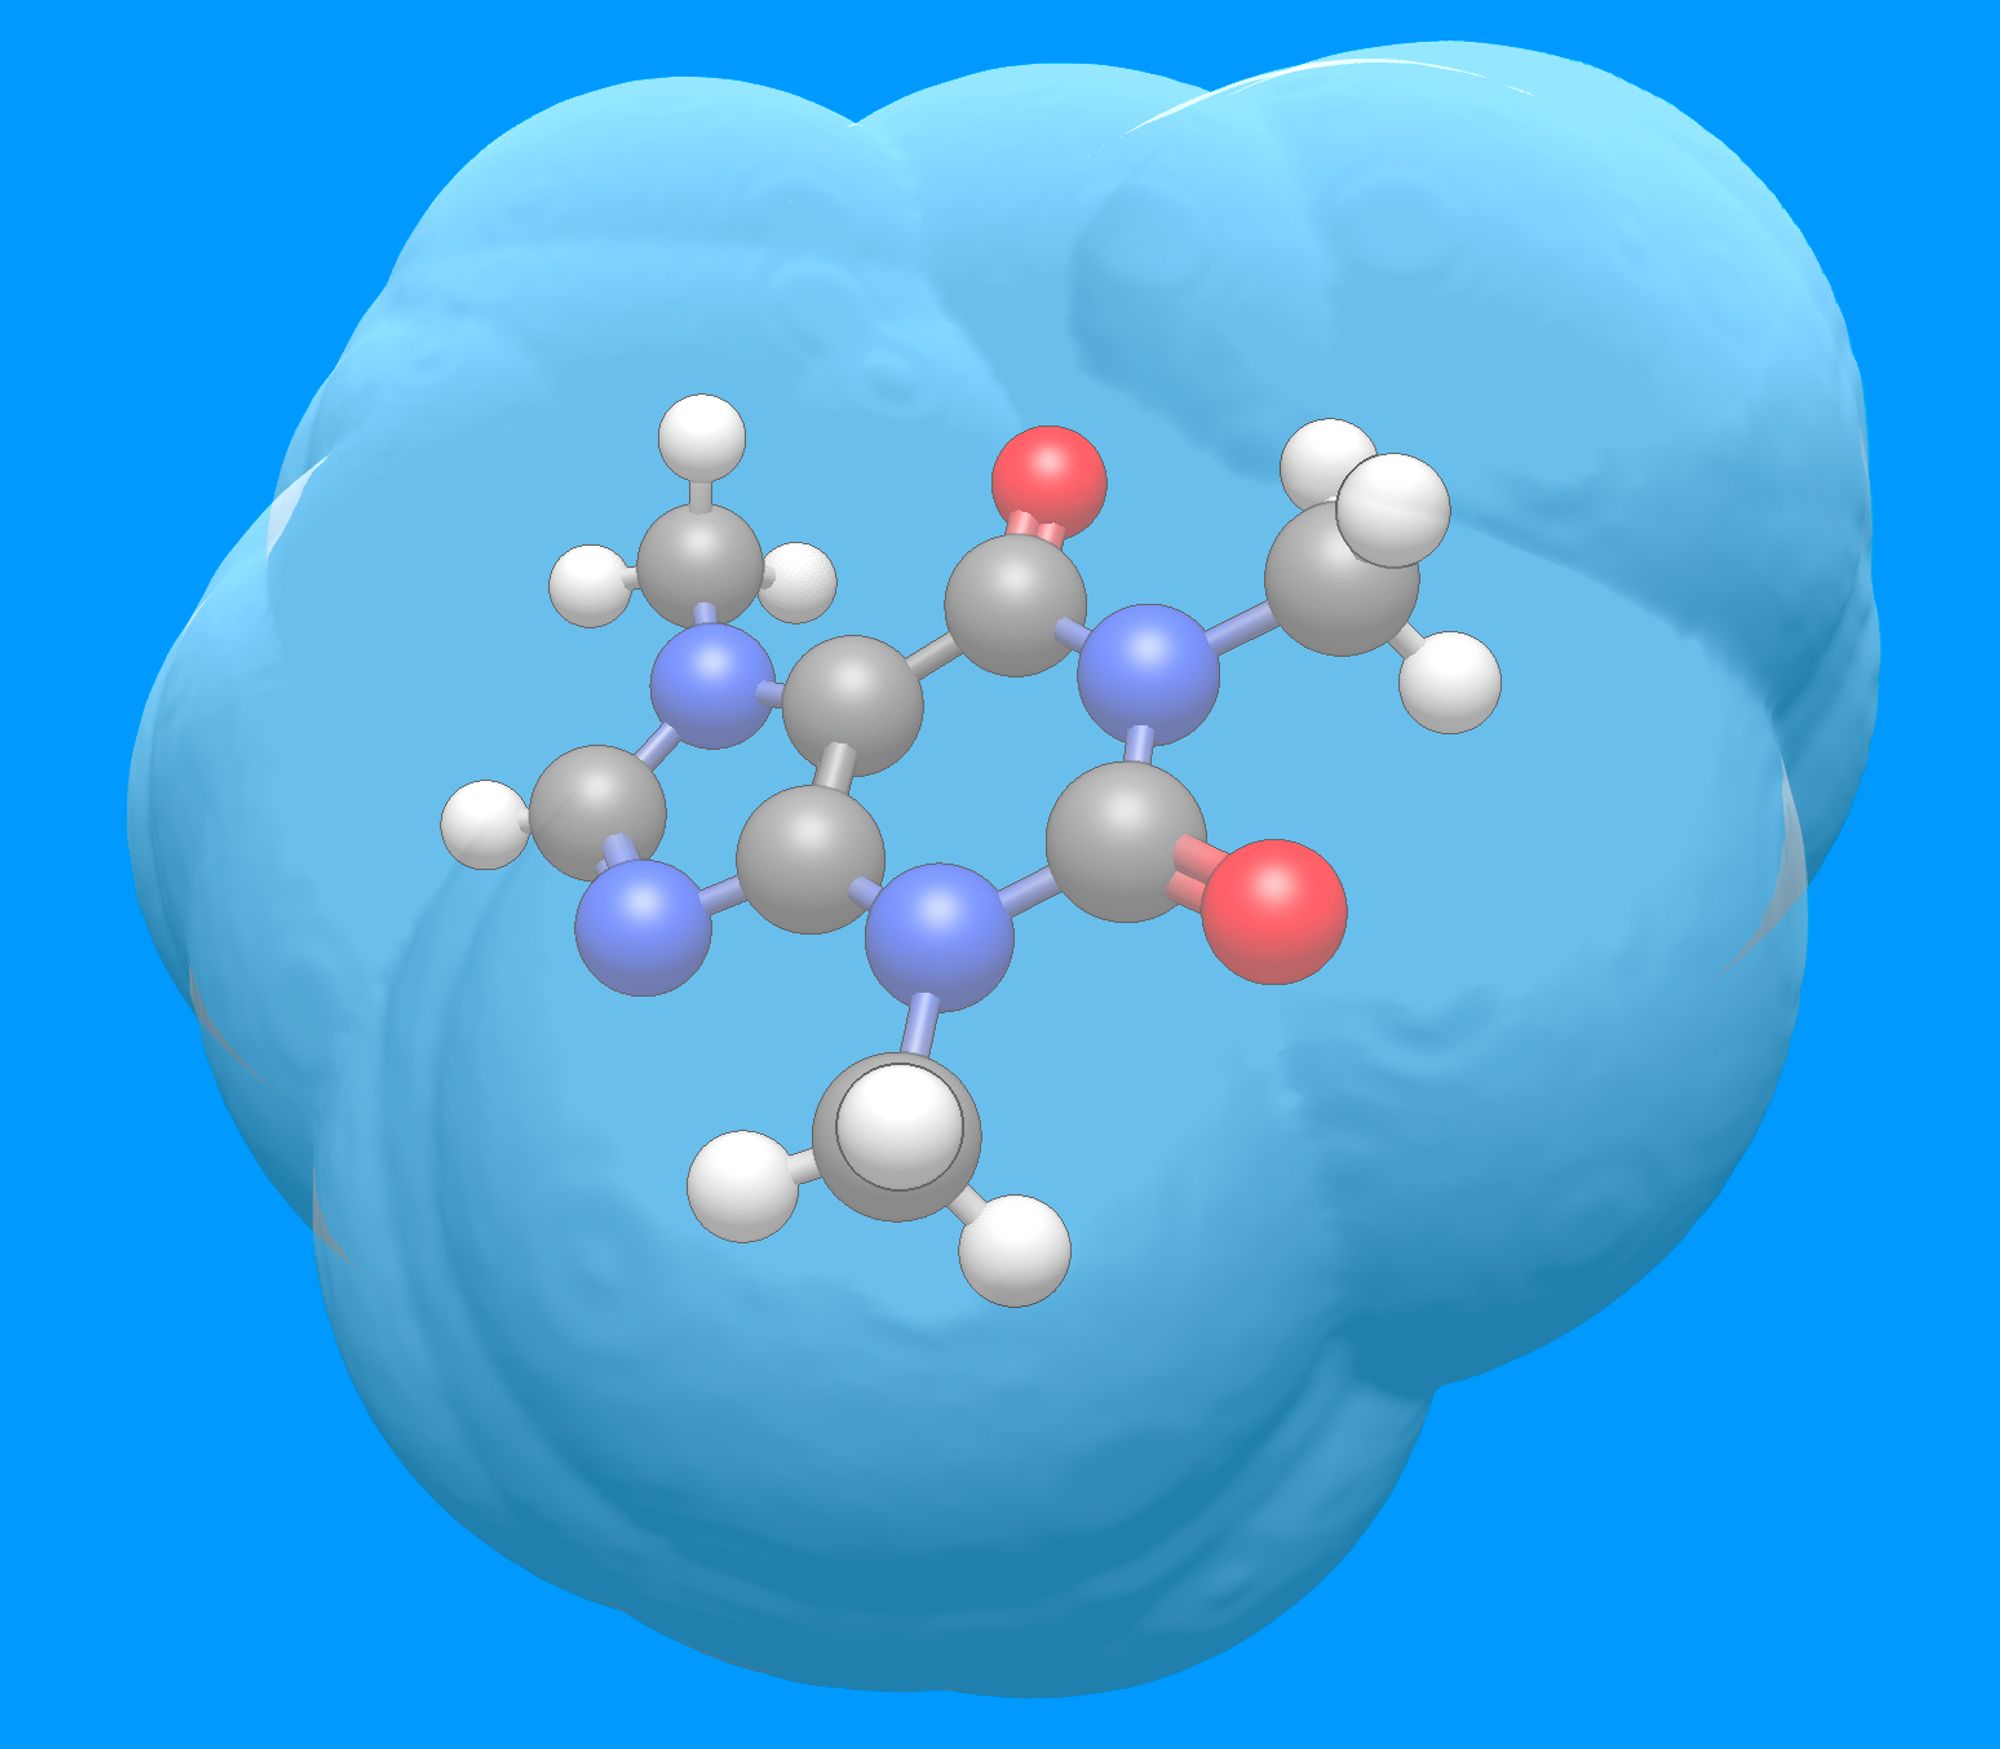
avogadro, ball and sticks, mesh